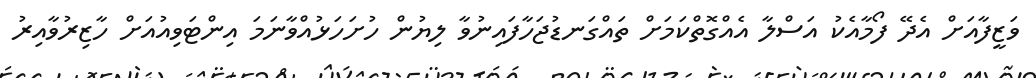
ވަޒީފާއަށް އެދޭ ފޯމާއެކު އަސްލާ އެއްގޮތްކަމަށް ތައްގަނޑުޖަހާފައިނުވާ ލިޔުން ހުށަހަޅުއްވާނަމަ އިންޓަވިއުއަށް ހާޒިރުވާއިރު